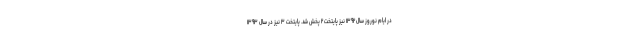
در ایام نوروز سال ۱۳۹۲ نیز پایتخت ۲ پخش شد. پایتخت ۳ نیز در سال ۱۳۹۳